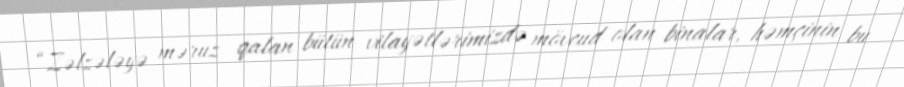
“Zəlzələyə məruz qalan bütün vilayətlərimizdə mövcud olan binalar, həmçinin bu